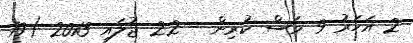
2 އަހަރު 9 މަސް ކުރިން - 22 ޖުލައި 2013 (19